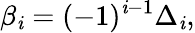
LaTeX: \beta_{\mathit{i}}=(-1)^{\mathit{i}-1}\Delta_{\mathit{i}},